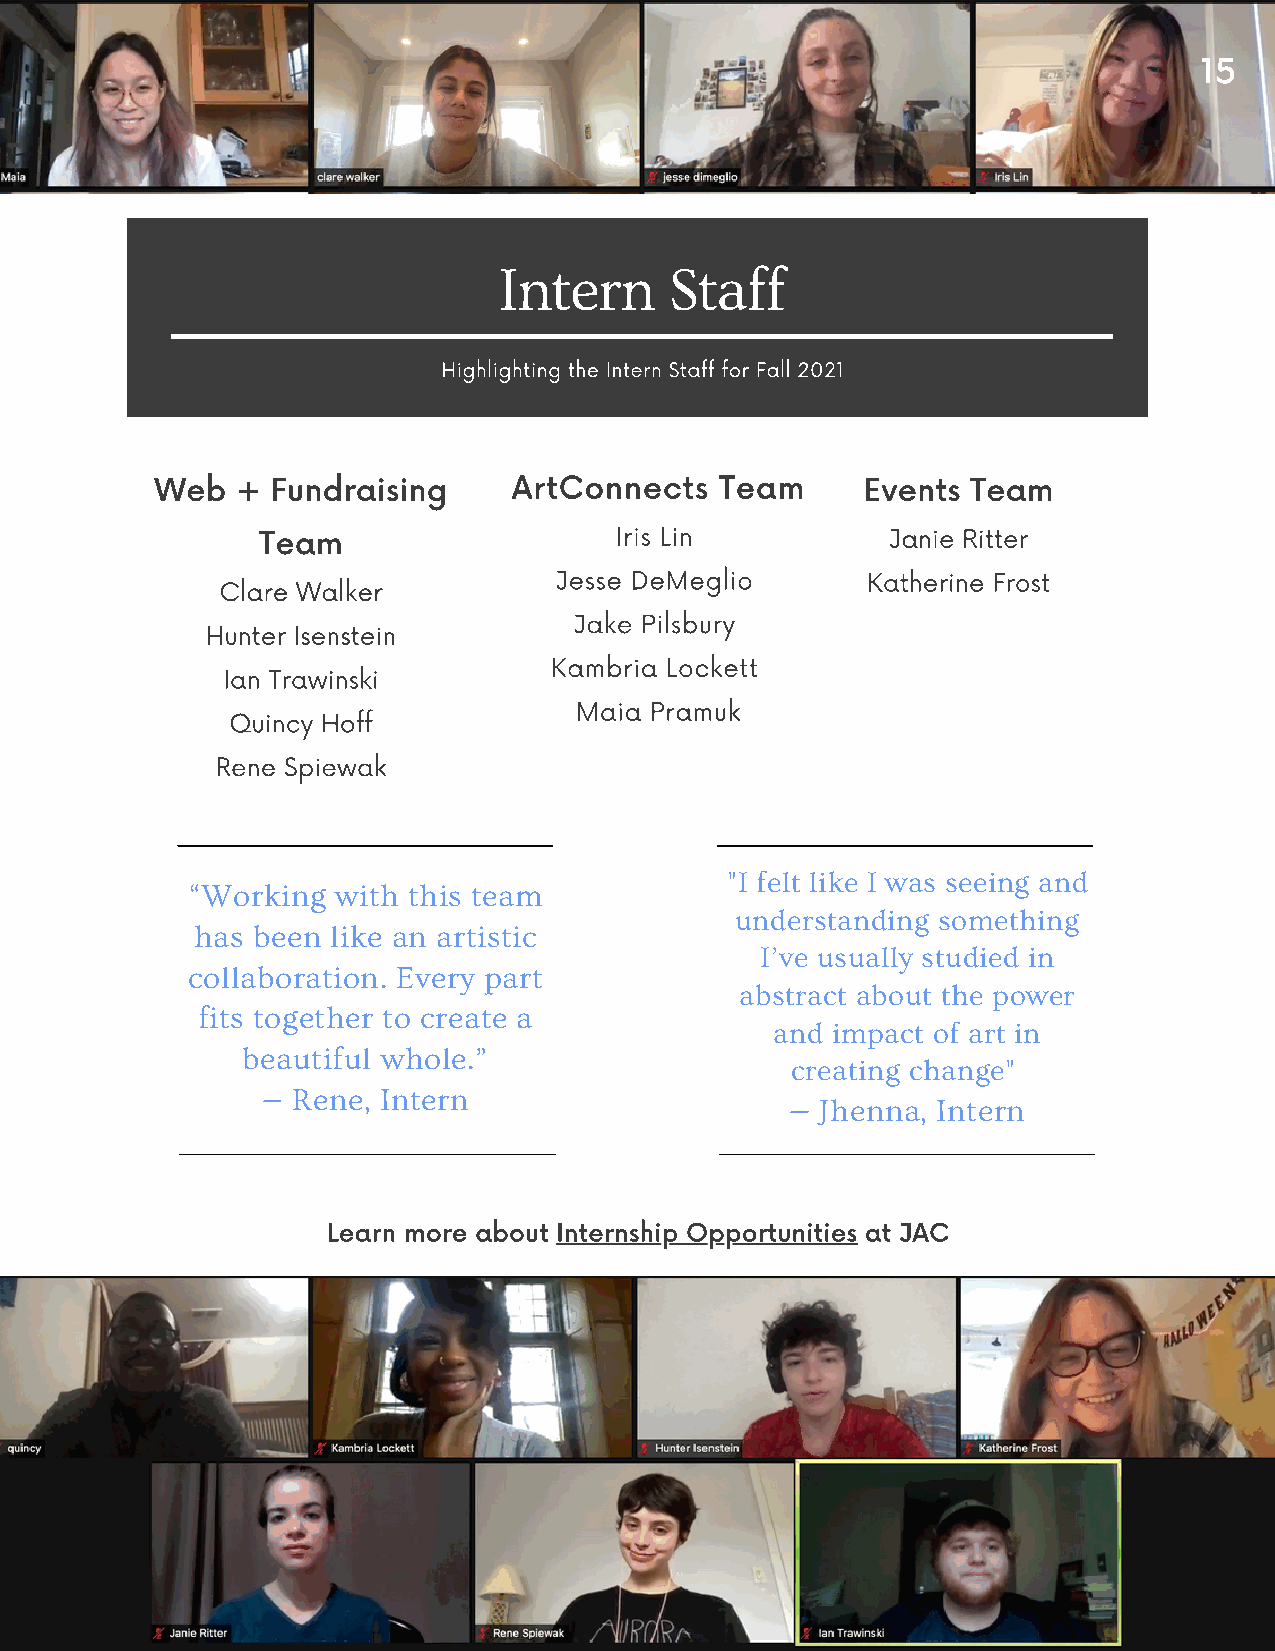
15
 Intern     Staff
 Highlighting the Intern Staff for Fall 2021
 Web   + Fundraising     ArtConnects   Team     Events Team
 Team                    Iris Lin          Janie Ritter
 Jesse DeMeglio      Katherine Frost
 Clare Walker
 Jake Pilsbury
 Hunter Isenstein
 Kambria Lockett
 Ian Trawinski
 Maia Pramuk
 Quincy Hoff
 Rene Spiewak
 "I felt like I was seeing and
 “Working  with this team
 understanding something
 has been like an artistic
 I’ve usually studied in
 collaboration. Every part
 abstract about the power
 fits together to create a
 and impact of art in
 beautiful whole.”
 creating change"
 — Rene, Intern
 — Jhenna, Intern
 Learn more about Internship Opportunities at JAC